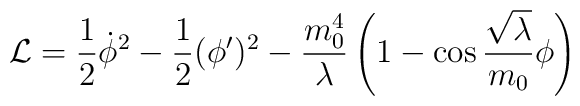
{\cal L}=\frac{1}{2} \dot{\phi}^{2}-\frac{1}{2}(\phi^\prime)^{2}-\frac{m_{0}^{4}}{\lambda}\left(1-\cos\frac{\sqrt{\lambda}}{m_{0}}\phi\right)